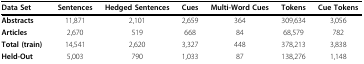
<table><thead><tr><td><b>Data Set</b></td><td><b>Sentences</b></td><td><b>Hedged Sentences</b></td><td><b>Cues</b></td><td><b>Multi-Word Cues</b></td><td><b>Tokens</b></td><td><b>Cue Tokens</b></td></tr></thead><tbody><tr><td><b>Abstracts</b></td><td>11,871</td><td>2,101</td><td>2,659</td><td>364</td><td>309,634</td><td>3,056</td></tr><tr><td><b>Articles</b></td><td>2,670</td><td>519</td><td>668</td><td>84</td><td>68,579</td><td>782</td></tr><tr><td><b>Total (train)</b></td><td>14,541</td><td>2,620</td><td>3,327</td><td>448</td><td>378,213</td><td>3,838</td></tr><tr><td><b>Held-Out</b></td><td>5,003</td><td>790</td><td>1,033</td><td>87</td><td>138,276</td><td>1,148</td></tr></tbody></table>